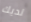
لديك